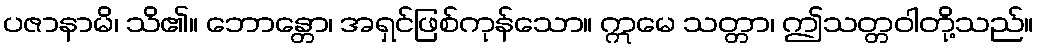
ပဇာနာမိ၊ သိ၏။ ဘောန္တော၊ အရှင်ဖြစ်ကုန်သော။ ဣမေ သတ္တာ၊ ဤသတ္တဝါတို့သည်။